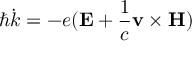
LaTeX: \hbar { \dot { k } } = - e ( \mathbf { E } + { \frac { 1 } { c } } \mathbf { v } \times \mathbf { H } )